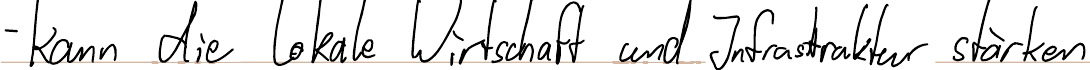
- kann die lokale Wirtschaft und Infrastruktur stärken